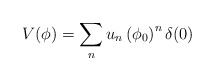
\begin{align*}V(\phi )=\sum_{n}u_{n}\left( \phi _{0}\right) ^{n}\delta (0) \end{align*}